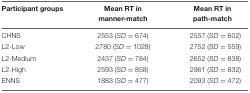
<table><thead><tr><td><b>Participant groups</b></td><td><b>Mean RT in manner-match</b></td><td><b>Mean RT in path-match</b></td></tr></thead><tbody><tr><td>CHNS</td><td>2553 (<i>SD</i> = 674)</td><td>2557 (<i>SD</i> = 602)</td></tr><tr><td>L2-Low</td><td>2780 (<i>SD</i> = 1028)</td><td>2752 (<i>SD</i> = 559)</td></tr><tr><td>L2-Medium</td><td>2437 (<i>SD</i> = 784)</td><td>2652 (<i>SD</i> = 838)</td></tr><tr><td>L2-High</td><td>2593 (<i>SD</i> = 858)</td><td>2961 (<i>SD</i> = 832)</td></tr><tr><td>ENNS</td><td>1883 (<i>SD</i> = 477)</td><td>2093 (<i>SD</i> = 472)</td></tr></tbody></table>